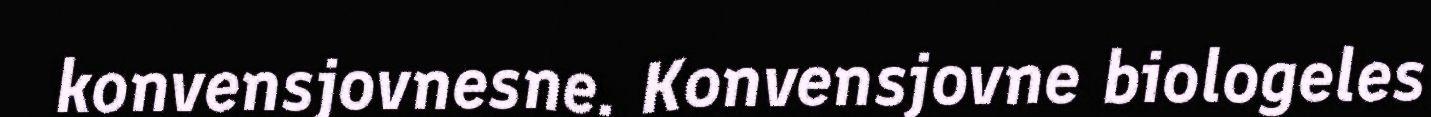
konvensjovnesne. Konvensjovne biologeles